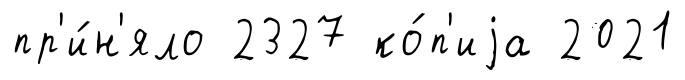
пр'и́н'яло 2327 ко́п'иjа 2021